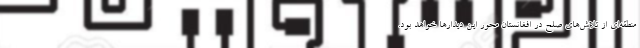
منطقه‌ای از تلاش‌های صلح در افغانستان محور این دیدارها خواهد بود.